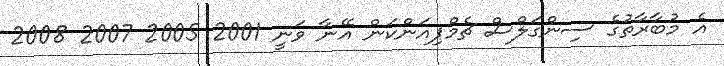
އެ މުބާރާތުގެ ސިންގަލްސް ޗެމްޕިއަންކަން އޭނާ ވަނީ 2001 2005 2007 2008